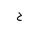
Letter: _ha